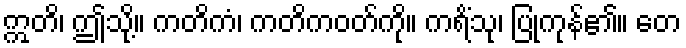
ဣတိ၊ ဤသို့။ ကတိကံ၊ ကတိကဝတ်ကို။ ကရိံသု၊ ပြုကုန်၏။ တေ